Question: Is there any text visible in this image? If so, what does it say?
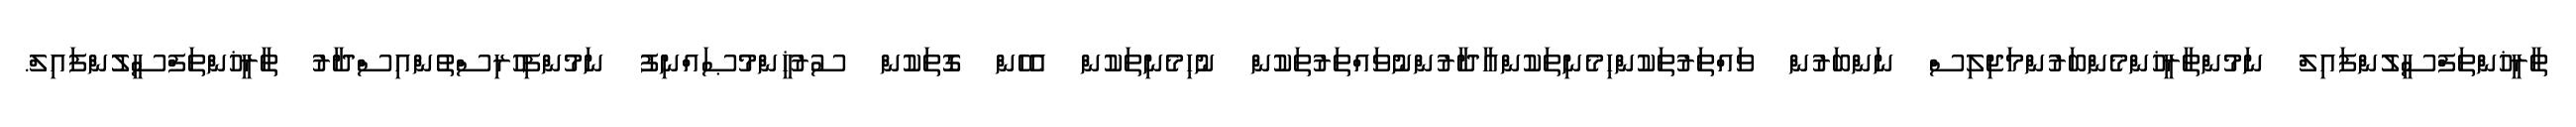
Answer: ތާރީޚުންތަފްސީލުންފައިލް ނަމުންތާރީޚުންމެންބަރުންމަޖިލިސް ނަންބަރުން ވައްތަރުތަކުންހިމެނިތަކުންއާދާރުންނުވައްތަރުތަކުން ނުހިމެނިތަކުން އެހެން ގޮތަކުން ސުރުޚީންމުޞައްނިފު ނަމުންފިހުރިސްތުންއިސްދާރު ތާރީޚުންތަފްސީލުންފައިލް.